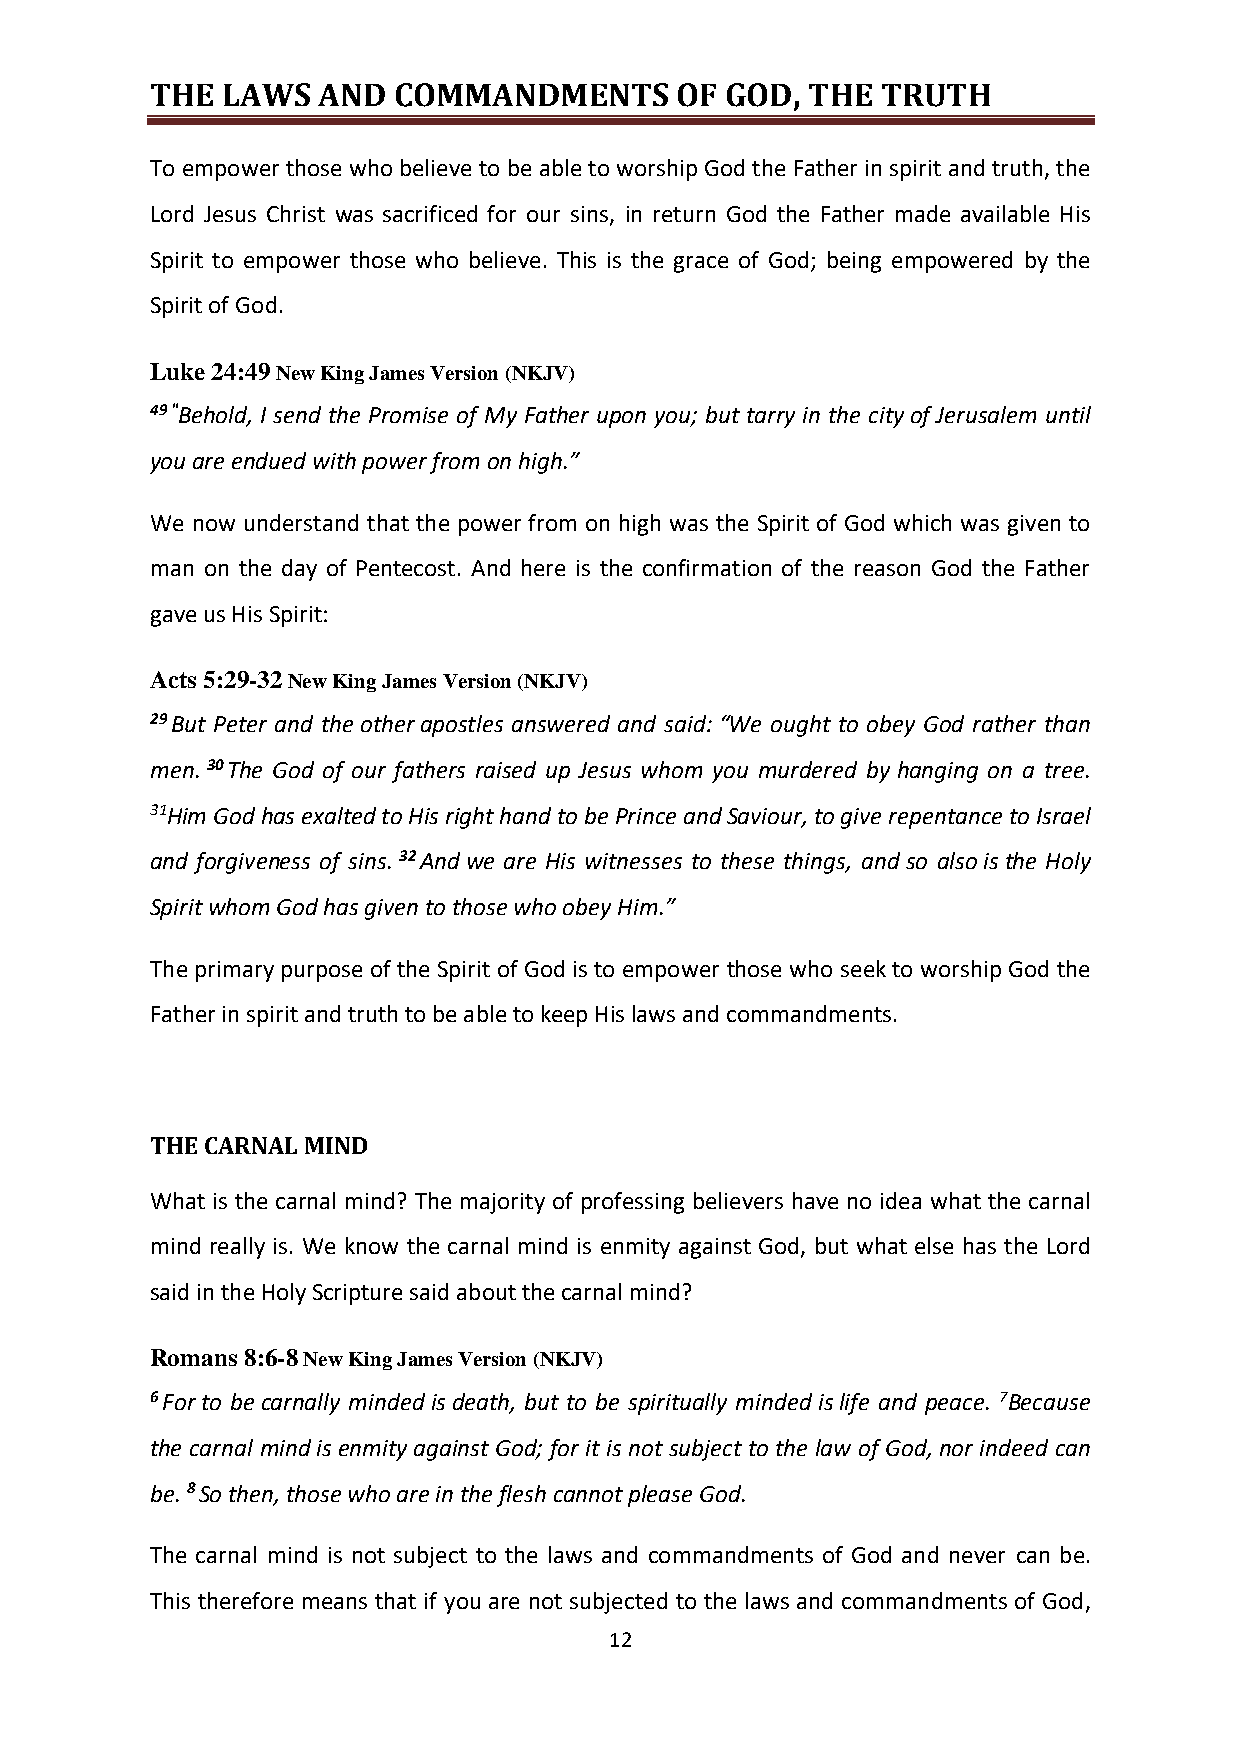
THE  LAWS  AND  COMMANDMENTS       OF GOD, THE  TRUTH
 To empower those who believe to be able to worship God the Father in spirit and truth, the
 Lord Jesus Christ was sacrificed for our sins, in return God the Father made available His
 Spirit to empower those who believe. This is the grace of God; being empowered by the
 Spirit of God.
 Luke 24:49 New King James Version (NKJV)
 49 "Behold, I send the Promise of My Father upon you; but tarry in the city of Jerusalem until
 you are endued with power from on high.”
 We now understand that the power from on high was the Spirit of God which was given to
 man on the day of Pentecost. And here is the confirmation of the reason God the Father
 gave us His Spirit:
 Acts 5:29-32 New King James Version (NKJV)
 29 But Peter and the other apostles answered and said: “We ought to obey God rather than
 men. 30 The God of our fathers raised up Jesus whom you murdered by hanging on a tree.
 31Him God has exalted to His right hand to be Prince and Saviour, to give repentance to Israel
 and forgiveness of sins. 32 And we are His witnesses to these things, and so also is the Holy
 Spirit whom God has given to those who obey Him.”
 The primary purpose of the Spirit of God is to empower those who seek to worship God the
 Father in spirit and truth to be able to keep His laws and commandments.
 THE CARNAL MIND
 What is the carnal mind? The majority of professing believers have no idea what the carnal
 mind really is. We know the carnal mind is enmity against God, but what else has the Lord
 said in the Holy Scripture said about the carnal mind?
 Romans 8:6-8 New King James Version (NKJV)
 6 For to be carnally minded is death, but to be spiritually minded is life and peace. 7Because
 the carnal mind is enmity against God; for it is not subject to the law of God, nor indeed can
 be. 8 So then, those who are in the flesh cannot please God.
 The carnal mind is not subject to the laws and commandments of God and never can be.
 This therefore means that if you are not subjected to the laws and commandments of God,
 12